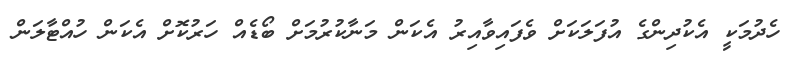
ހެދުމަކީ އެކުދިންގެ އުފަލަކަށް ވެފައިވާއިރު އެކަން މަނާކުރުމަށް ބޯޑެއް ހަރުކޮށް އެކަން ހުއްޓާލަން